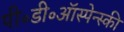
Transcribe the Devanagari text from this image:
पी॰डी॰ऑस्पेन्स्की